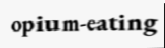
opium-eating